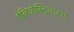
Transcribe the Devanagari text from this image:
पेलिओस्ट्रिआटम